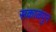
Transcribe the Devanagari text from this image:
सकाळपुन